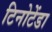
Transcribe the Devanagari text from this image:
टिनोटेंडा